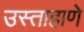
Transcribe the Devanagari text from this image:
उस्ताहाणे